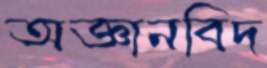
অজ্ঞানবিদ